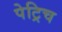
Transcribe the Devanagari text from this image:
पेट्रिच